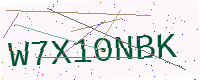
Text: W7X10NBK